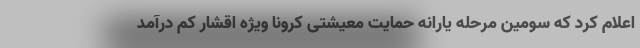
اعلام کرد که سومین مرحله یارانه حمایت معیشتی کرونا ویژه اقشار کم درآمد